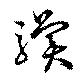
驥